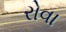
રોવા